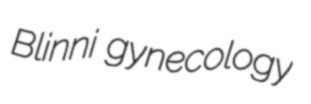
Blinni gynecology